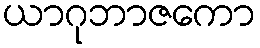
ယာဂုဘာဇကော